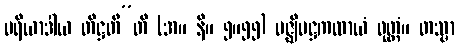
ပရိယာဒါယ တိဋ္ဌတီ”တိ (အ။ နိ။ ၅။၅၅) မဇ္ဈိမဋ္ဌကထာယံ ဝုတ္တံ။ တသ္မာ